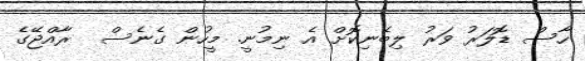
ހާސް ޑޮލަރު ވަރު ލިބެނިކޮށް އެ ނިމުނީ. މީހުން ގެނެސް  ރާއްޖޭގެ